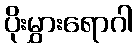
ပိုးမွှားရောဂါ